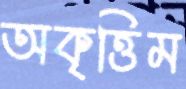
অকৃত্তিম